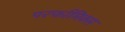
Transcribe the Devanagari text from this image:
परर्फामिक्स